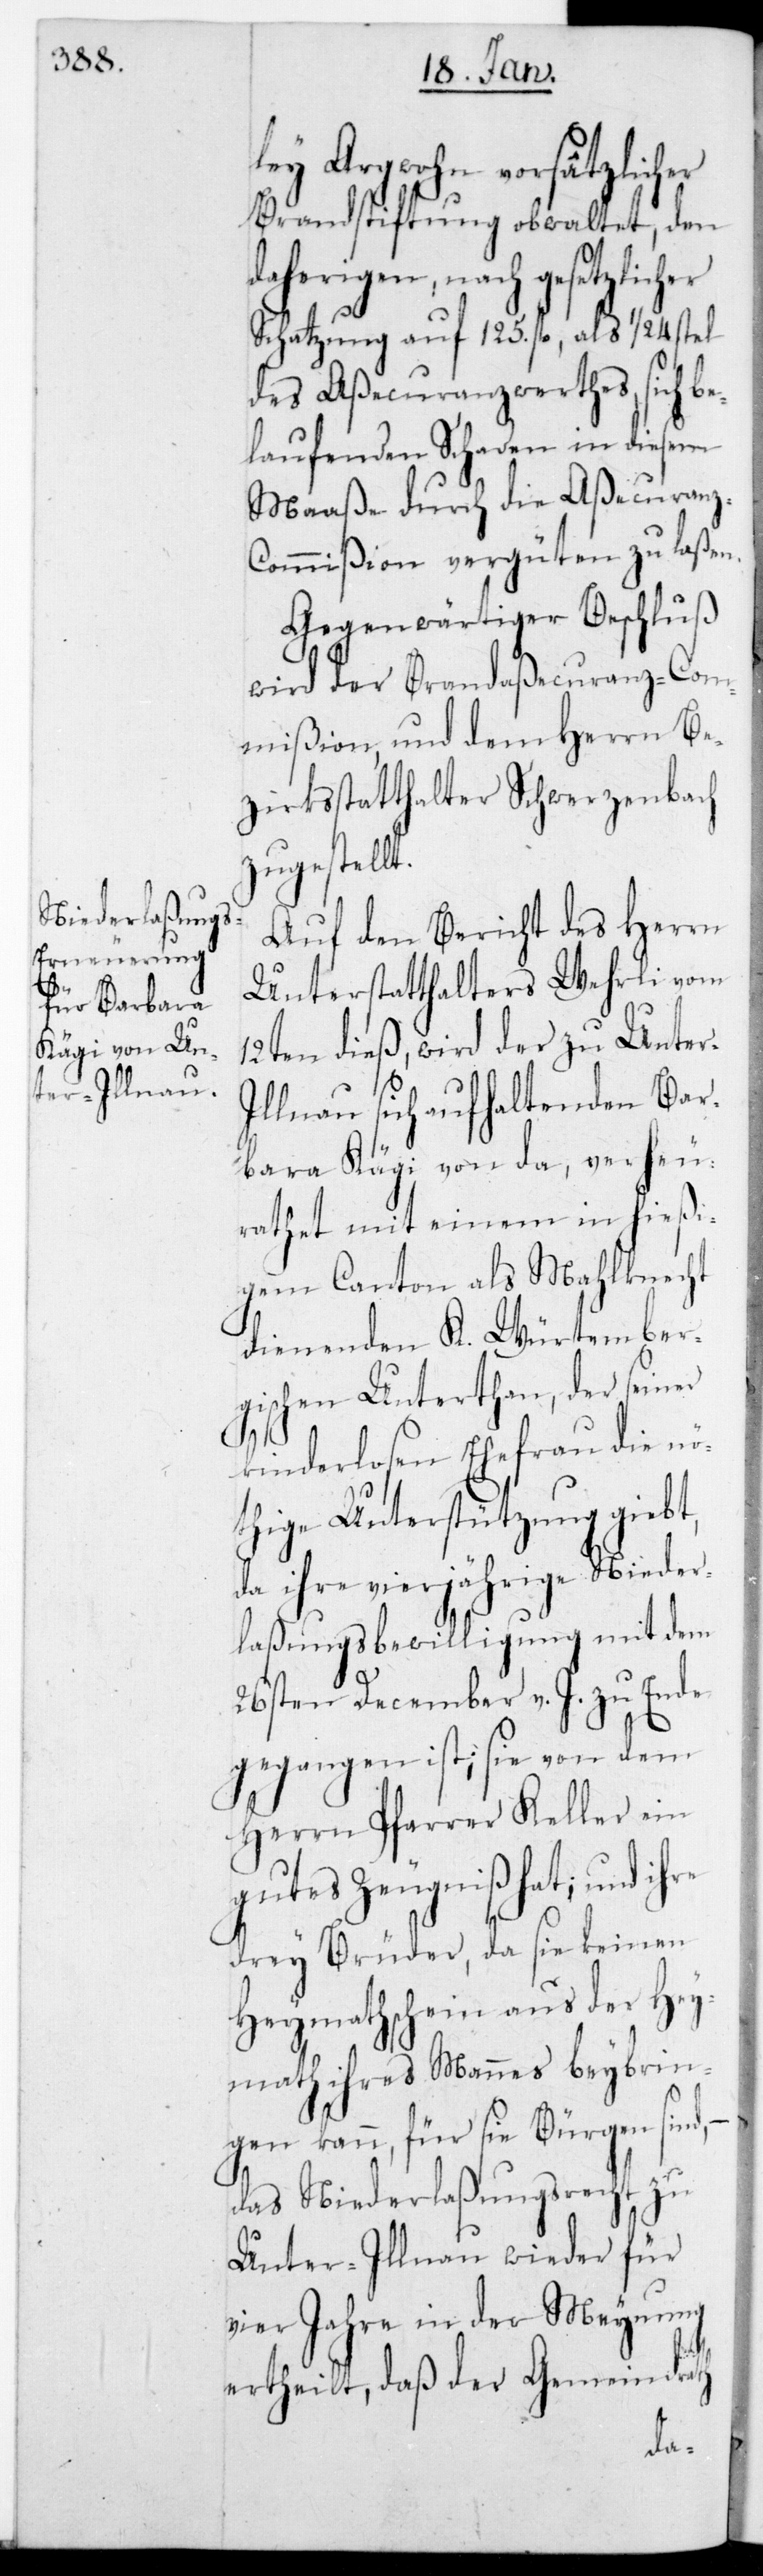
lei Argwohn vorsätzlicher
Brandstiftung obwaltet, den
daherigen, nach gesetzlich¬
Schatzung auf 125. fl., als 1/24.
des Aßecuranzwertes, sich b¬
elaufenden Schaden in diesem
Maaße durch die Aßecuran¬
z-Commißion vergüten zu laßen.
Gegenwärtiger Beschluß
wird der Brandaßecuranz-Com¬
mißion und dem Herrn Be¬
zirksstatthalter Schwerzenbach
zugestell¬
Auf den Bericht des Herrn
Unterstatthalters Wehrli vom
12ten dies, wird der zu Unte¬
llnau sich aufhaltenden Bar¬
bara Kägi von da, verheu¬
rathet mit einem in hießi¬
gem Canton als Mahlknecht
dienenden K. Würtember¬
gischen Unterthan, der seiner
re
kinderlosen Ehefrau die nö¬
thige Unterstützung gibt,
da ihre vierjährige Nieder¬
laßungs-Bewilligung mit dem
26sten December v. J. zu Ende
gegangen ist; sie von dem
Herrn Pfarrer Keller ein
gutes Zeugniß hat; und ih¬
drey Brüder, da sie keinen
Heymathschein aus der Hey¬
math ihres Mannes beybrin¬
gen kann, für sie Bürgen sind; –
das Niederlaßungsrecht zu
Unter-Illnau wieder für
vier Jahre in der Meynung
ertheilt, daß der Gemeindrath